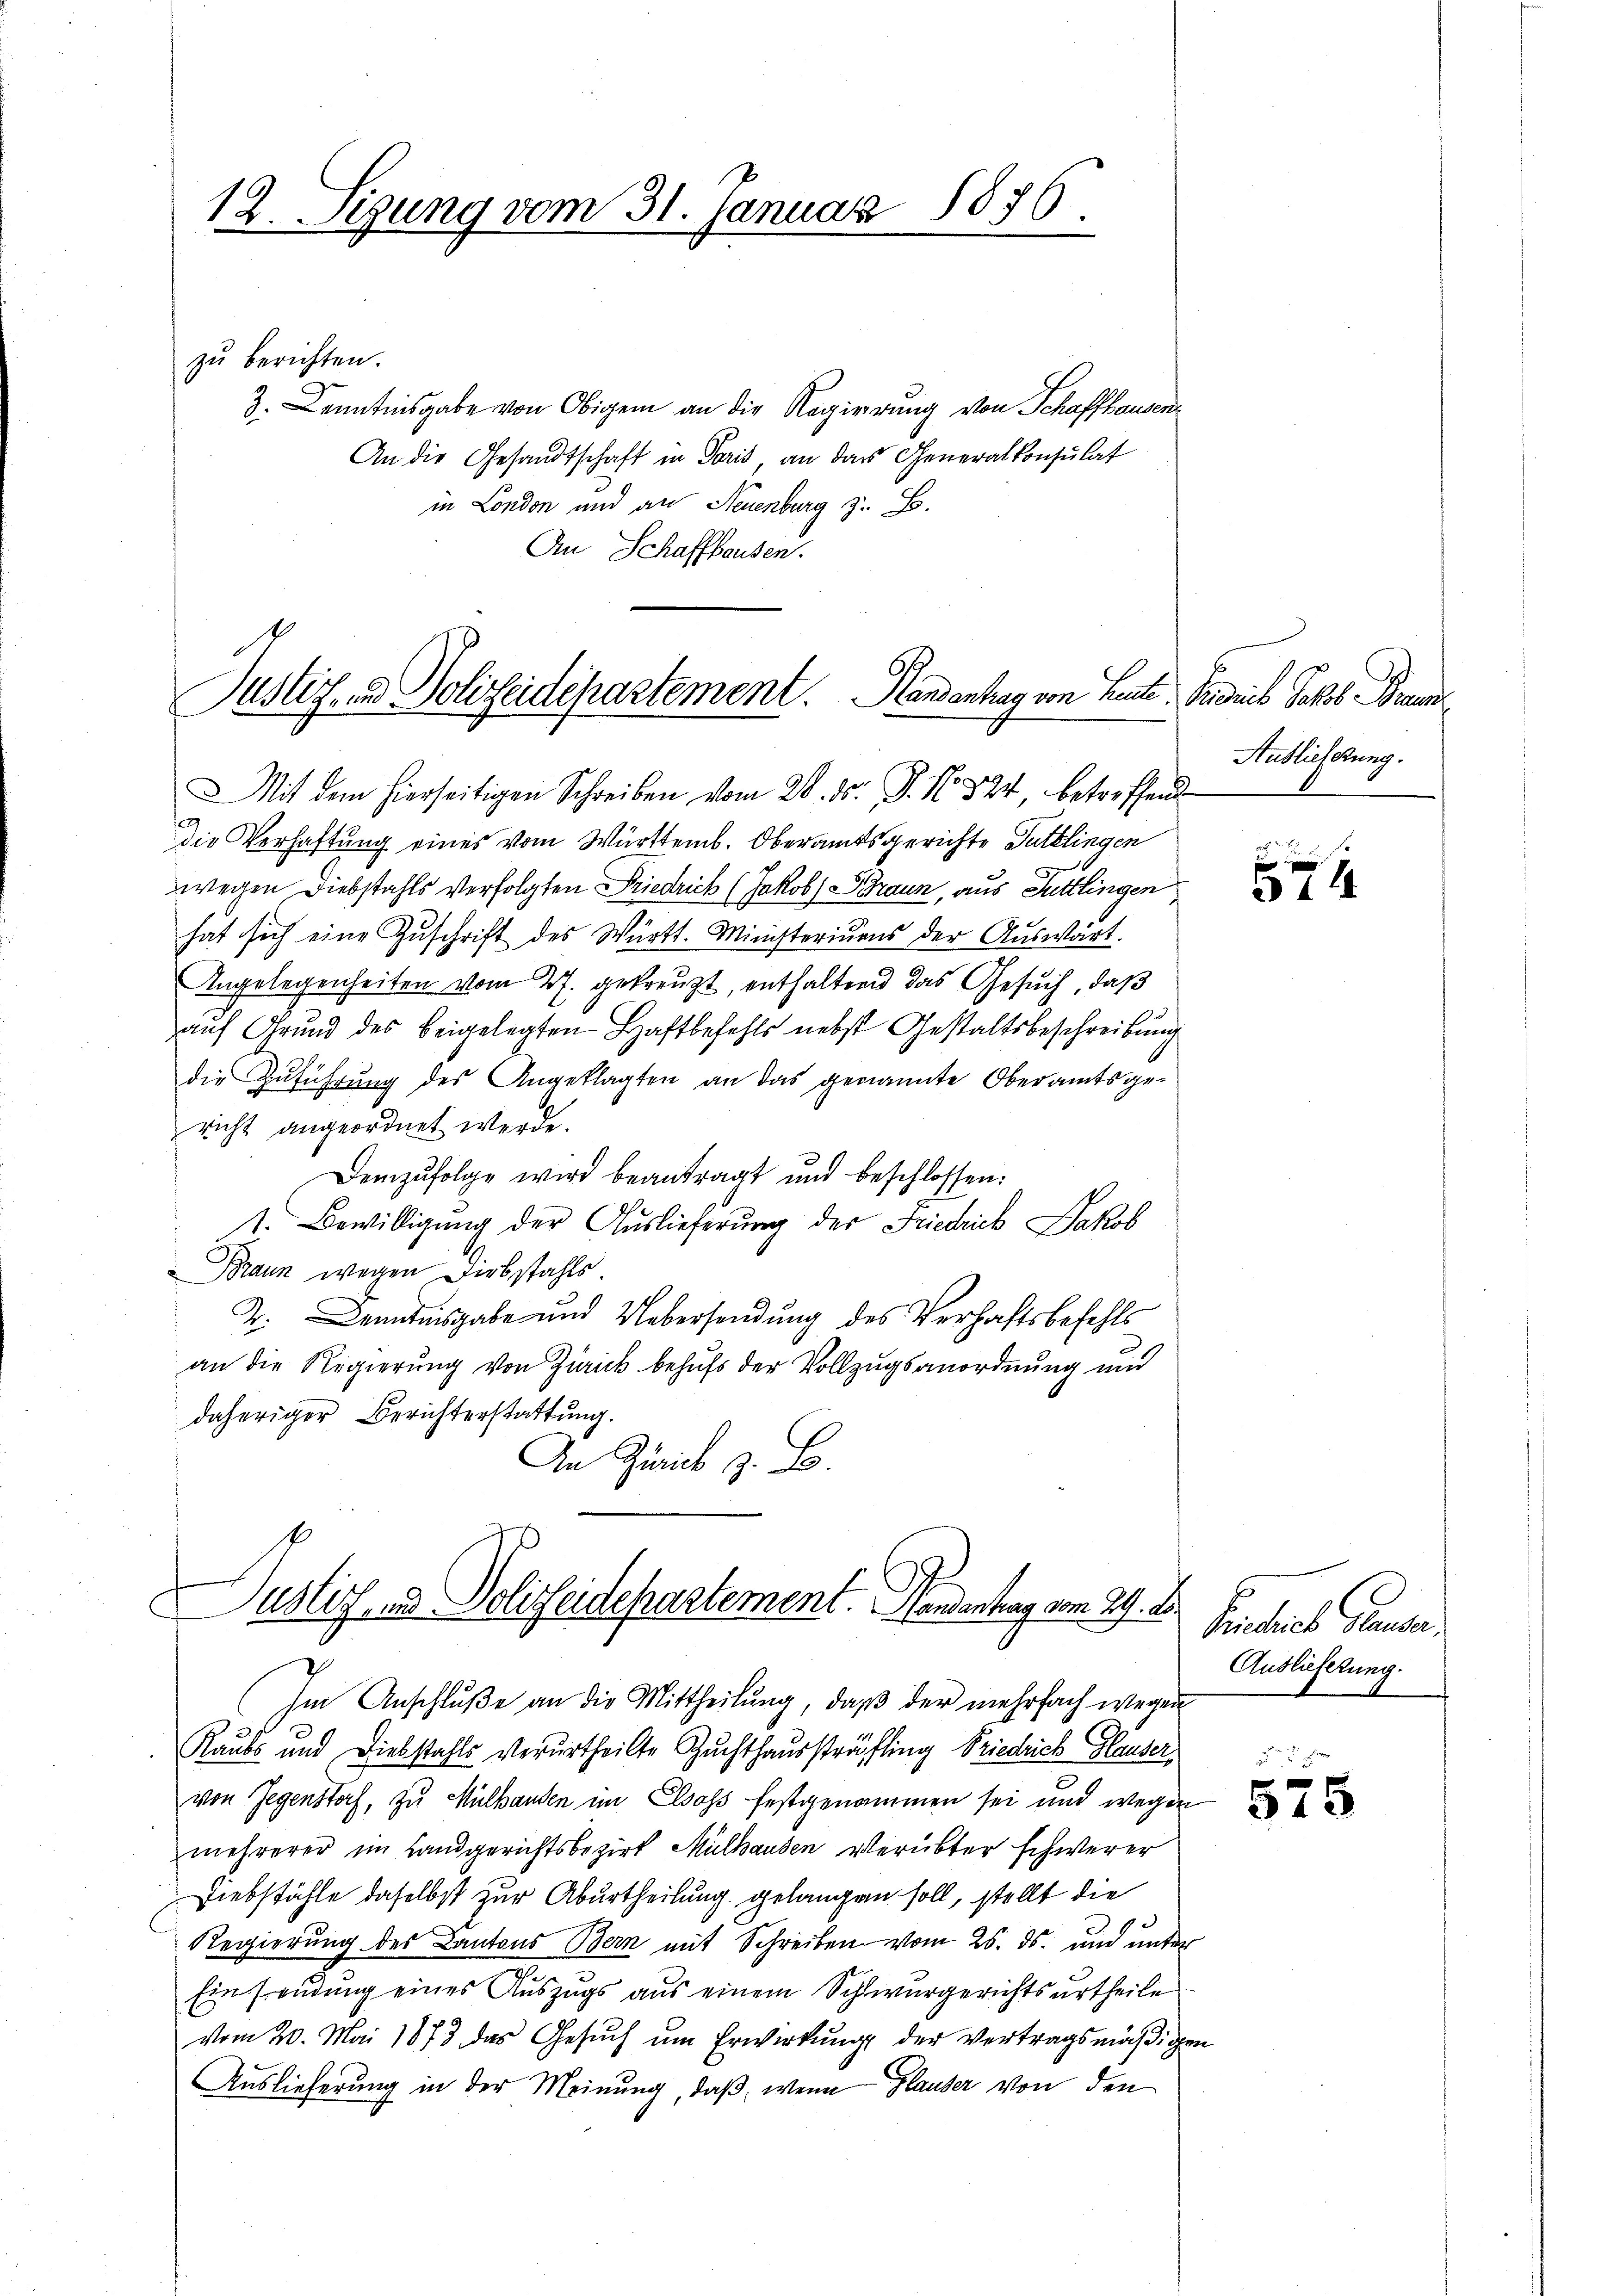
12. Sigung vom 31. Januar 1876.

zu berichten.
3. Kenntnisgabe von Obigem an die Regierung von Schaffhausen
An die Gesandtschaft in Paris, an das Generalkonsulat
in London und an Neuenburg z. B.
An Schaffhausen.

Die Verhaftung eines vom Württemb. Oberamtsgerichte Guttlingen
wegen Diebstahls verfolgten Friedrich (Jakob Braun, aus Tuttlingen,
hat sich eine Zuschrift des Württ. Ministeriums der Auswärt
Angelegenheiten vom 27. gekreuzt, enthaltend das Gesuch, daß
auf Grund des beigelegten Haftbefehls nebst Gestaltsbeschreibung
die Zuführung des Angeklagten an das genannte Oberamtsge-
richt angeordnet werde.
Demzufolge wird beantragt und beschlossen:
1. Bewilligŭng der Auslieferung des Friedrich Jakob
Braun wegen Diebstahls
D. Kenntnisgabe und Uebersendung des Verhaftsbefehls
an die Regierung von Zürick behufs der Vollzugsanordnung und
daheriger Berichterstattung.
An Zürich z. B.
Dustiz- & Polizeidepartement. Handenhag vom 24. ds.
Im Anschluße an die Mittheilung, daß der mehrfach wegen
Raubs und Diebstahls verurtheilte Suchthaussträfling Friedrich Glauser
von Gegenstorf, zu Mülhanden im Elsass festgenommen sei und wegen
mehrerer im Landgerichtsbezirk Mülhausen verübter schwerer
Diebstähle daselbst zur Aburtheilung gelangen soll, stellt die
Regierung des Kantons Bern mit Schreiben vom 25. ds. und unter
Ein Frendung eines Auszugs aus einem Schwurgerichtsurtheile
vom 20. Mai 1873 das Gesuch um Erwirkung der vertragsmäßigen
Auslieferung in der Meinung, daß, wenn Glauber von den

Justiz- und Polizeidepartement. Handenhag von Heute.
Mit dem hierseitigen Schreiben vom 28. ds. J. N. 894, betreffend

Fedies Jakob Brun
Auslieferung.

a 2.
574

Eintriebe Stander
Auslieferung.

345